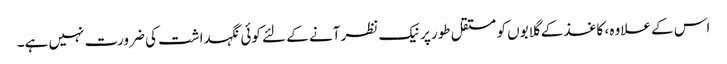
اس کے علاوہ ، کاغذ کے گلابوں کو مستقل طور پر نیک نظر آنے کے لئے کوئی نگہداشت کی ضرورت نہیں ہے۔